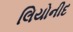
લિયોનીદ